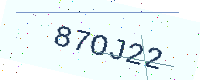
Text: 87OJ22